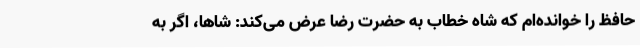
حافظ را خوانده‌ام که شاه خطاب به حضرت رضا عرض می‌کند: شاها، اگر به